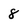
Character: 8